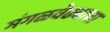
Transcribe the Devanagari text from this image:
मंगळवेढ्याचा